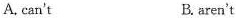
A, can't B. aren't